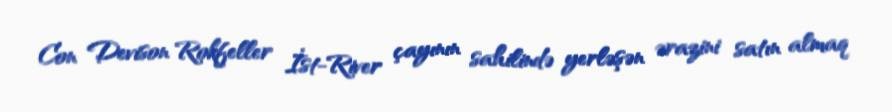
Con Devison Rokfeller İst-River çayının sahilində yerləşən ərazini satın almaq